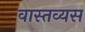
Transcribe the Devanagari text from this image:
वास्तव्यस